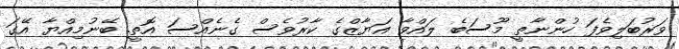
ވަރުބަލިވެފަ ހުންނާތީ މޫސަބެ ލައްވާ އަޔާޒްގެ ކާރުވެސް ގެނެއްސަ އޮތީ. ބޭނުމިއްޔާ އޭގަ